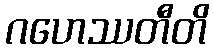
ဂဟေဿတီတိ